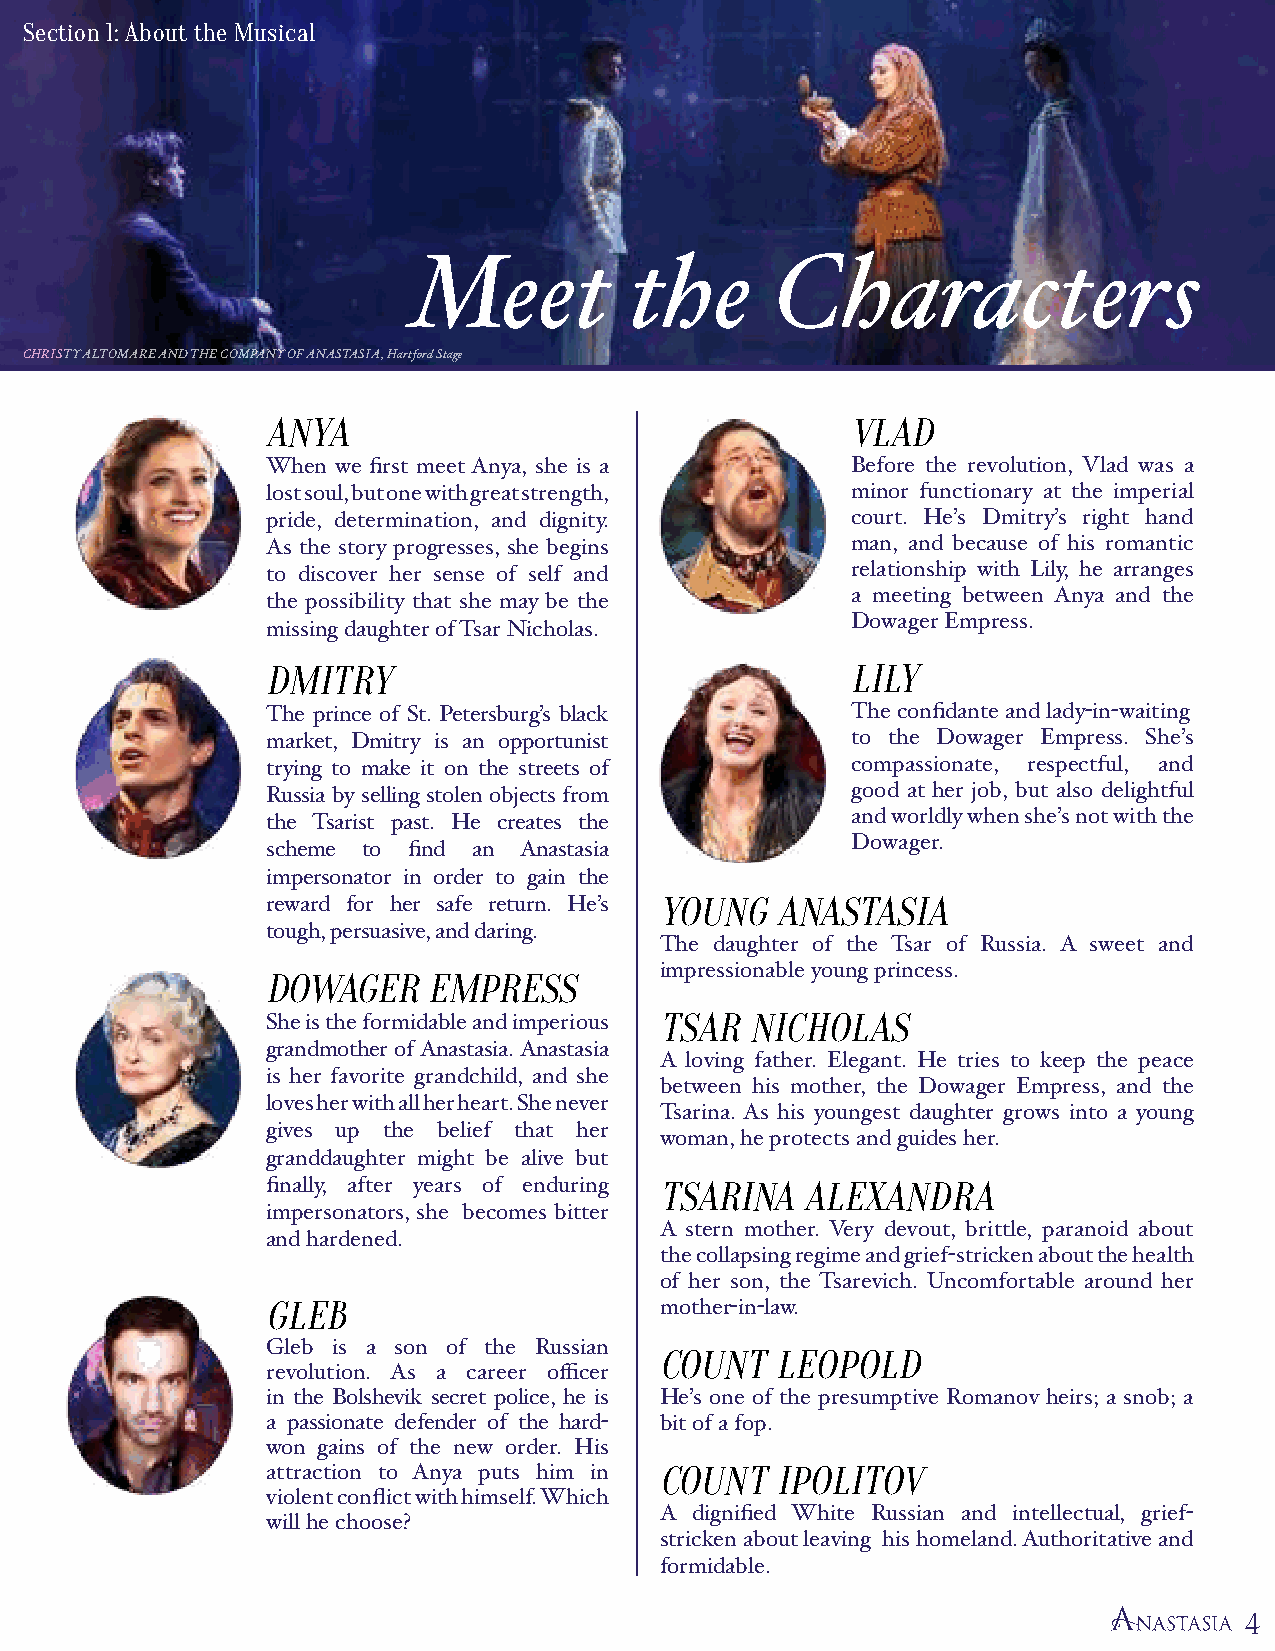
Section 1: About the Musical
 Meet           the      Characters
 CHRISTY ALTOMARE AND THE COMPANY OF ANASTASIA, Hartford Stage
 ANYA                                   VLAD
 When we first meet Anya, she is a     Before the revolution, Vlad was a
 lost soul, but one with great strength, minor functionary at the imperial
 pride, determination, and dignity.    court. He’s Dmitry’s right hand
 As the story progresses, she begins   man, and because of his romantic
 to discover her sense of self and     relationship with Lily, he arranges
 a meeting between Anya and the
 the possibility that she may be the
 Dowager Empress.
 missing daughter of Tsar Nicholas.
 DMITRY                                 LILY
 The prince of St. Petersburg’s black  The confidante and lady-in-waiting
 market, Dmitry is an opportunist      to the Dowager Empress. She’s
 trying to make it on the streets of   compassionate, respectful, and
 Russia by selling stolen objects from good at her job, but also delightful
 and worldly when she’s not with the
 the Tsarist past. He creates the
 Dowager.
 scheme to find an Anastasia
 impersonator in order to gain the
 reward for her safe return. He’s YOUNG ANASTASIA
 tough, persuasive, and daring.
 The daughter of the Tsar of Russia. A sweet and
 impressionable young princess.
 DOWAGER    EMPRESS
 She is the formidable and imperious TSAR NICHOLAS
 grandmother of Anastasia. Anastasia
 A loving father. Elegant. He tries to keep the peace
 is her favorite grandchild, and she
 between his mother, the Dowager Empress, and the
 loves her with all her heart. She never
 Tsarina. As his youngest daughter grows into a young
 gives up the belief that her
 woman, he protects and guides her.
 granddaughter might be alive but
 finally, after years of enduring TSARINA ALEXANDRA
 impersonators, she becomes bitter
 A stern mother. Very devout, brittle, paranoid about
 and hardened.
 the collapsing regime and grief-stricken about the health
 of her son, the Tsarevich. Uncomfortable around her
 GLEB                       mother-in-law.
 Gleb is a son of the Russian
 COUNT  LEOPOLD
 revolution. As a career officer
 in the Bolshevik secret police, he is He’s one of the presumptive Romanov heirs; a snob; a
 a passionate defender of the hard- bit of a fop.
 won gains of the new order. His
 attraction to Anya puts him in COUNT IPOLITOV
 violent conflict with himself. Which
 A dignified White Russian and intellectual, grief-
 will he choose?
 stricken about leaving his homeland. Authoritative and
 formidable.
 4